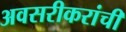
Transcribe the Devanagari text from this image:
अवसरीकरांची